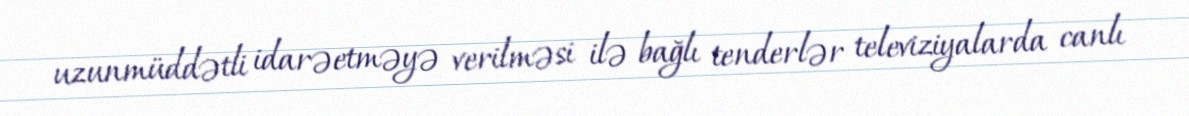
uzunmüddətli idarəetməyə verilməsi ilə bağlı tenderlər televiziyalarda canlı